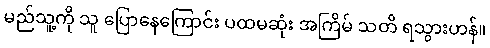
မည်သူ့ကို သူ ပြောနေကြောင်း ပထမဆုံး အကြိမ် သတိ ရသွားဟန်။